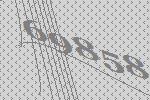
69858